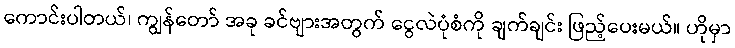
ကောင်းပါတယ်၊ ကျွန်တော် အခု ခင်ဗျားအတွက် ငွေလဲပုံစံကို ချက်ချင်း ဖြည့်ပေးမယ်။ ဟိုမှာ